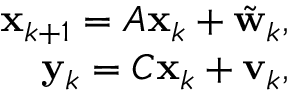
\begin{array} { r } { \mathbf { x } _ { k + 1 } = A \mathbf { x } _ { k } + \tilde { \mathbf { w } } _ { k } , } \\ { \mathbf { y } _ { k } = C \mathbf { x } _ { k } + \mathbf { v } _ { k } , } \end{array}